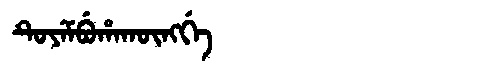
Manchu: ᡨᡠᠶᡝᠮᠪᡠᡥᠠᡴᡡᠩᡤᡝ
Romanization: TUYEMBUHAKŪNGGE